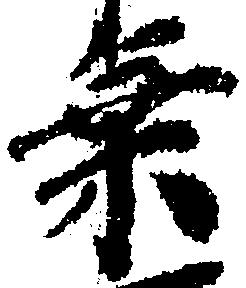
乗